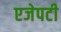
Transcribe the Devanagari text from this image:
एजेपटी